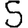
Digit: 5